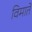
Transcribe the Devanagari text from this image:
विमाते